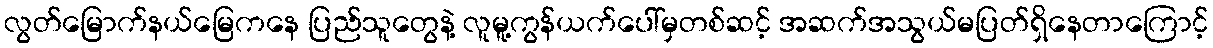
လွတ်မြောက်နယ်မြေကနေ ပြည်သူတွေနဲ့ လူမူ့ကွန်ယက်ပေါ်မှတစ်ဆင့် အဆက်အသွယ်မပြတ်ရှိနေတာကြောင့်